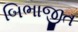
બિભાજીત